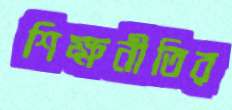
শিক্ষনীতির